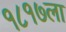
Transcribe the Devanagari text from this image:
१८१७ला